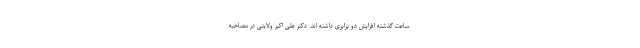
ساعت گذشته افزایش دو برابری داشته اند. دکتر علی اکبر ولایتی در مصاحبه